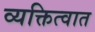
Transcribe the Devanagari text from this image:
व्यक्तित्वात